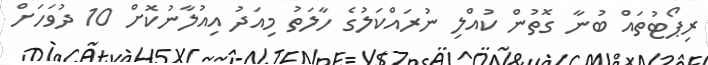
ރިޕޯޓުތައް ބުނާ ގޮތުން ކުއްލި ނުރައްކަލުގެ ހާލަތު މިއަދު އިއުލާނުކޮށް 10 ދުވަހަށް